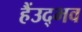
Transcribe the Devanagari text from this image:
हैंउद्भव